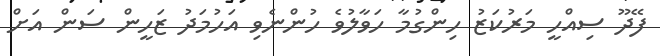
ފޭދޫ ސިއްހީ މަރުކަޒު ހިންގުމާ ހަވާލުވެ ހުންނެވި އަހުމަދު ޒަހީން ސަން އަށް